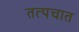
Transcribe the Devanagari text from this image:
तत्पचात